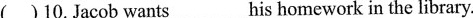
( )10.Jacob wants___his homework in the library.